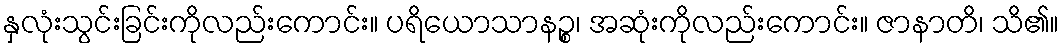
နှလုံးသွင်းခြင်းကိုလည်းကောင်း။ ပရိယောသာနဉ္စ၊ အဆုံးကိုလည်းကောင်း။ ဇာနာတိ၊ သိ၏။